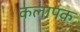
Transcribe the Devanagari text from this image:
कलापक